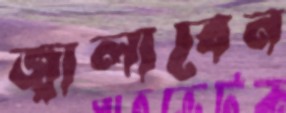
জ্বালাবেন